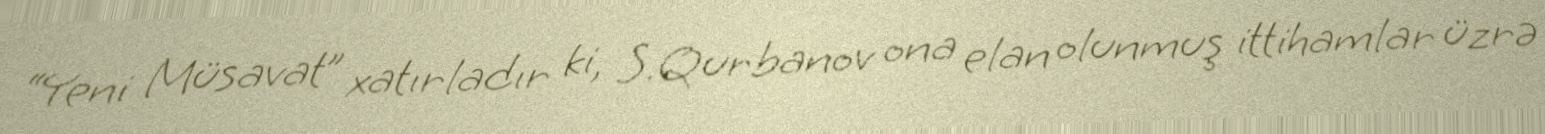
“Yeni Müsavat” xatırladır ki, S.Qurbanov ona elan olunmuş ittihamlar üzrə